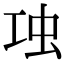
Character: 𧈬